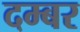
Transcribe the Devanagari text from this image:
दम्बर